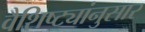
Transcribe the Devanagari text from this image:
वैशिष्ट्यांनुसार